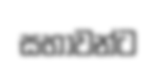
සභාවන්ට